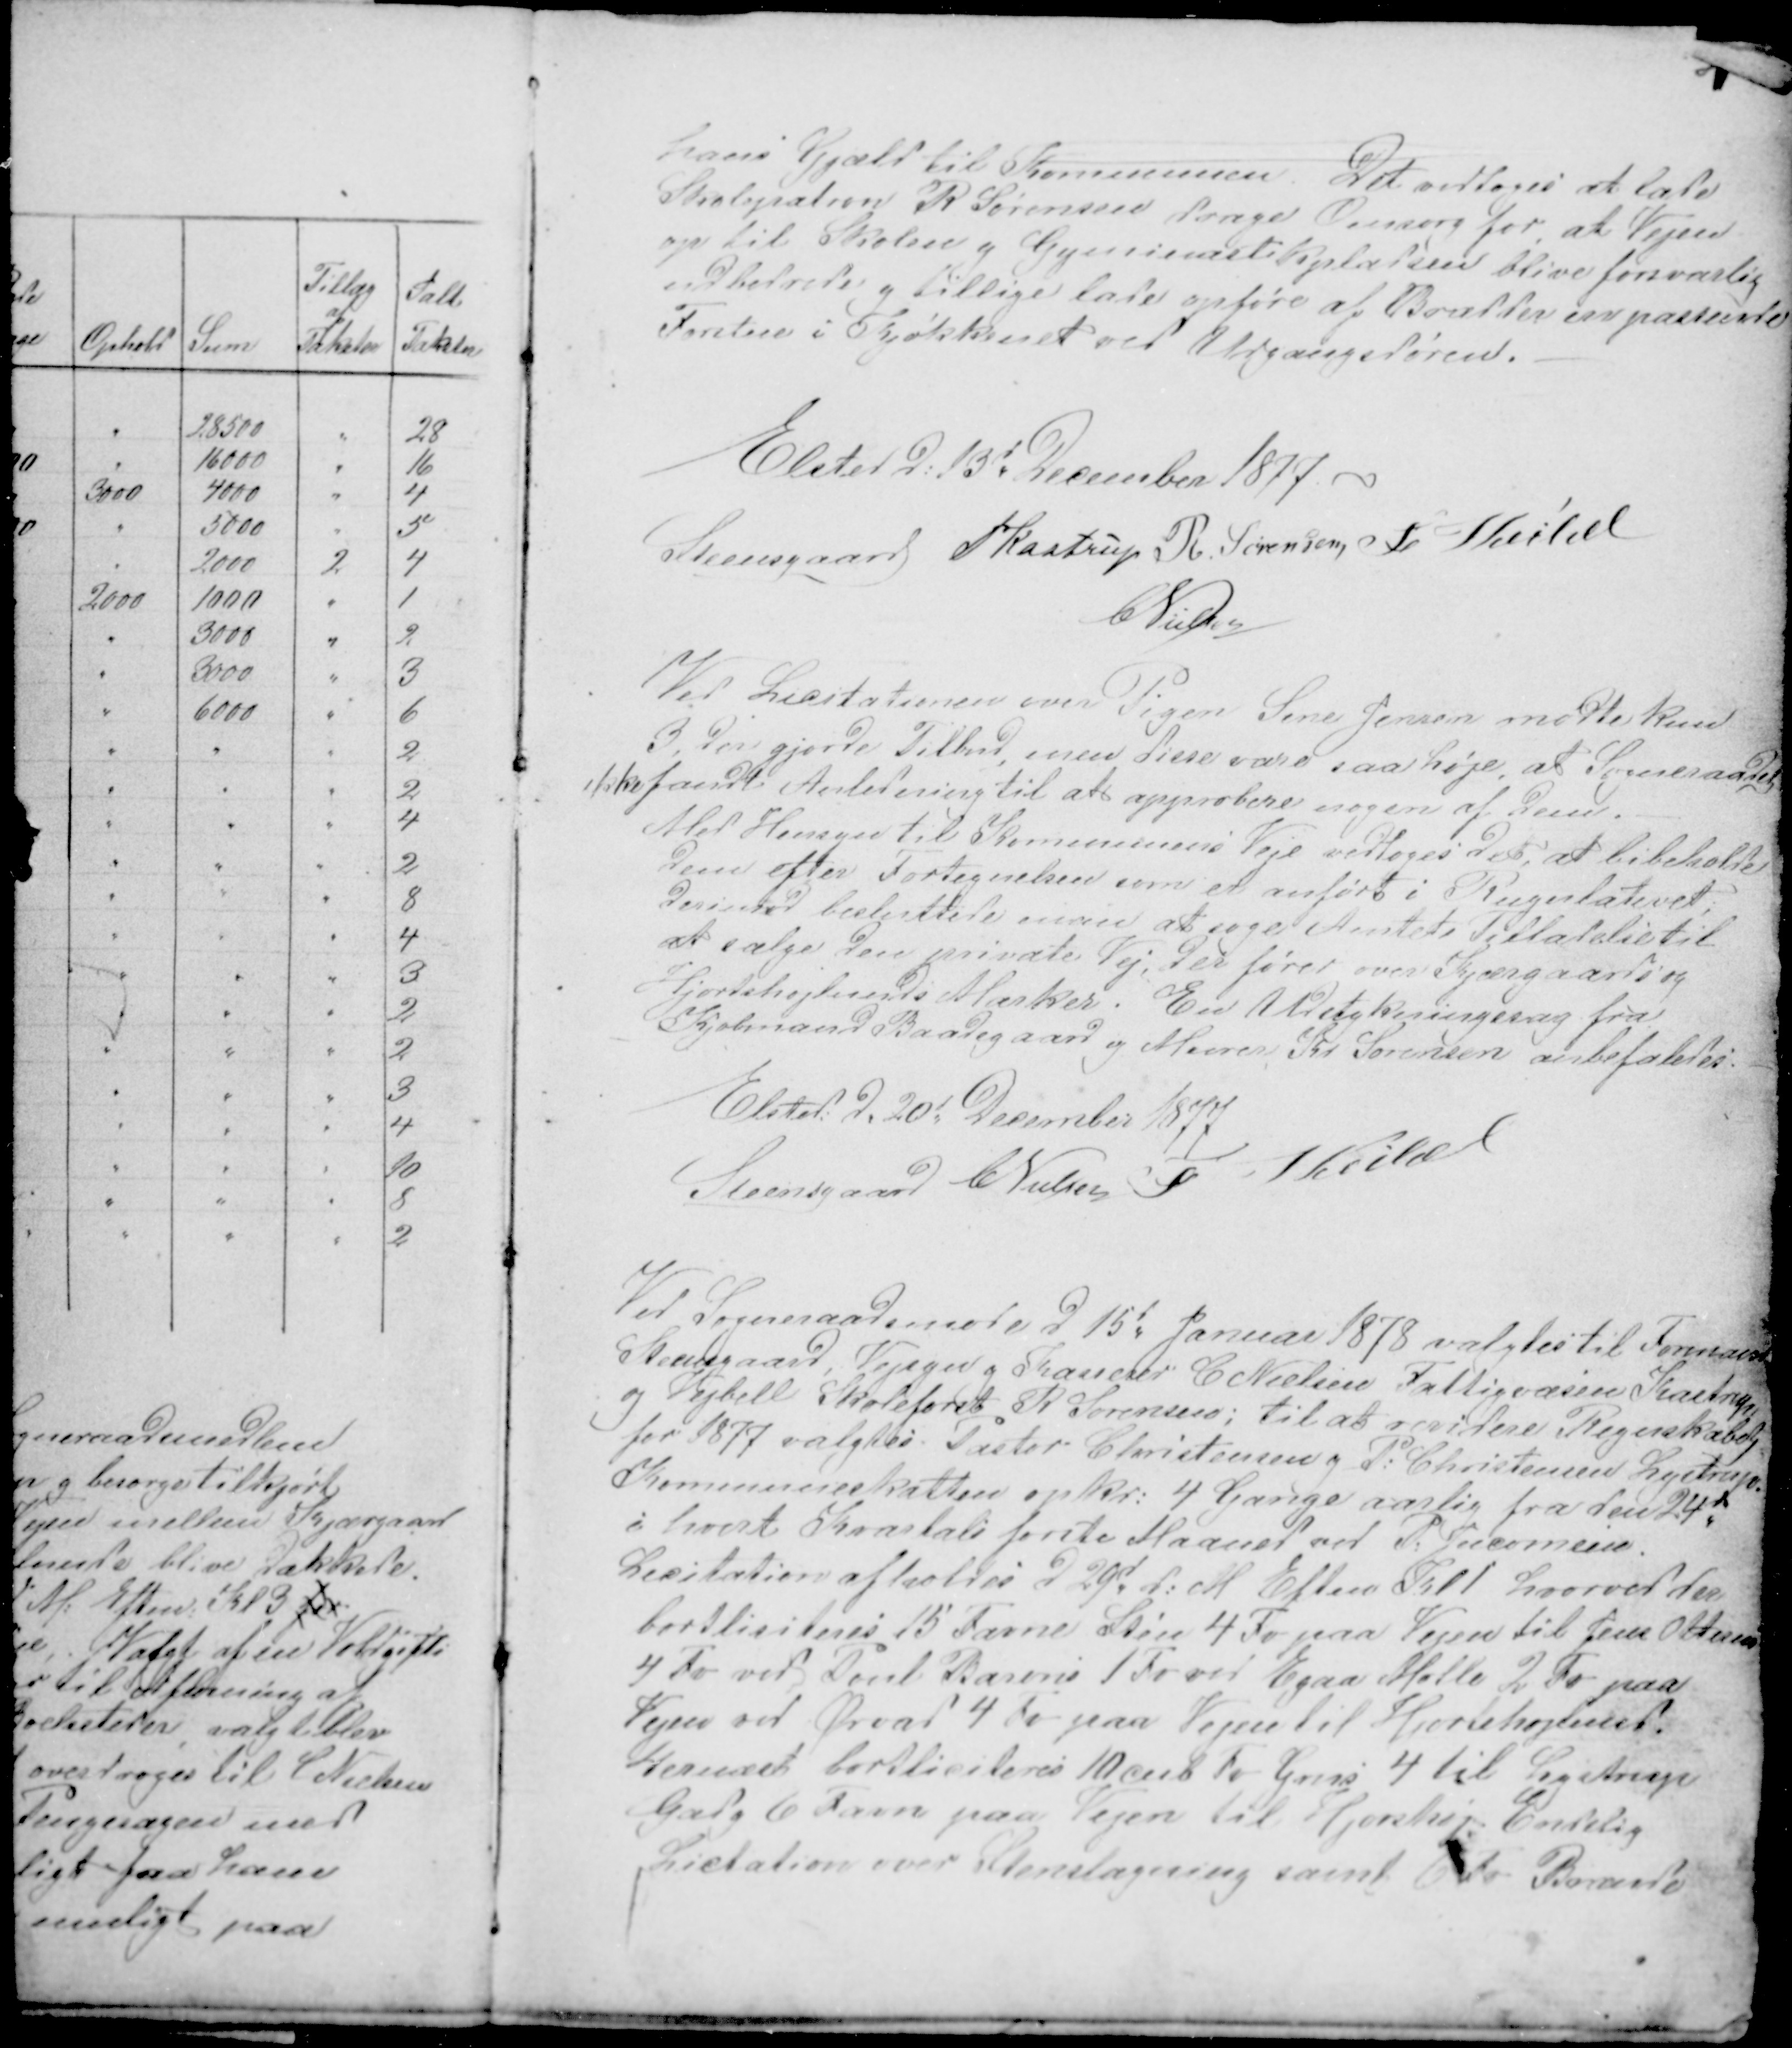
Transskription:
31

hans Gjæld til Kommunen. Det vedtoges at lade
Skolepatron R Sørensen drage omsorg for at Vejen
op til Skolen g Gymienastikpladsen blive forsvarlig
udbedrede g tillige lade opføre af Brædder en passende
Forstue i Kjøkkenet ved Udgangsdøren.

Elsted d: 13d December 1877. -
Steensgaard PKastrup R. Sørensen F Veibel
CNielsen

Ved Licitationen over Pigen Sine Jensen mødte kun
3, der gjorde Tilbud, men disse vare saa høje at Sogneraadet
ikke fandt Anledning til at approbere nogen af dem.
Med hensyn til Kommunens Veje vedtoges det, at bibeholde
dem efter Fortegnelsen som er anført i Rugulativet;
derimod besluttede man at søge Amtets Tilladelse til
at sælge den private Vej, der fører over Kjærgaards og
Hjortshøjlunds Marker. En Udstykningssag fra
Kjøbmand Baadegaard og Murer Kr Sørensen anbefaledes:
Elsted: d. 20d December 1877
Steensgaard CNielsen F Veibel

Ved Sogneraadsmøde d 15d Januar 1878 valgtes til Formand
Steensgaard, Vejsyn g Kasserer C Nielsen Fattigvæsen Kastrup
og Veibell Skoleforst R Sørensen; til at revidere Regnskabet
for 1877 valgtes Pastor Christensen og P: Christensen Lystrup.
Kommuneskatten opkr: 4 Gange aarlig fra den 24d
i hvert Kvartals første Maaned ved P: Jocumsen.
Licitation afholdes d 29d d: M Eftm Kl 1 hvorved der
bortliciteres 15 Favne Sten 4 Fv paa Vejen til Jens Ottesen
4 Fv ved Poul Barons 1 Fv ved Egaa Mølle 2 Fv paa
Vejen ved Ørvad 4 Fv paa Vejen til Hjortshøjlund.
Hernæst bortliciteres 10 cub Fv Grus 4 til Lystrup
Gad g 6 Favn paa Vejen til Hjortshøj. Endelig
Licitation over Stenslagning samt 6 Fv Brænde